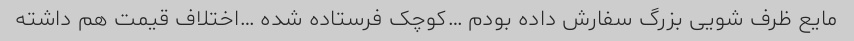
مایع ظرف شویی بزرگ سفارش داده بودم‌ …کوچک فرستاده شده …اختلاف قیمت هم داشته